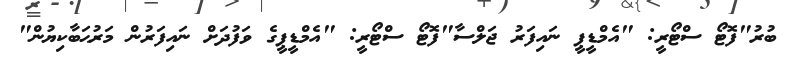
ބުރު"ފޮޓޯ ސްޓޯރީ: "އެމްޑީޕީ ނައިފަރު ޖަލްސާ"ފޮޓޯ ސްޓޯރީ: "އެމްޑީޕީގެ ވަފުދަށް ނައިފަރުން މަރުޙަބާކިޔުން"